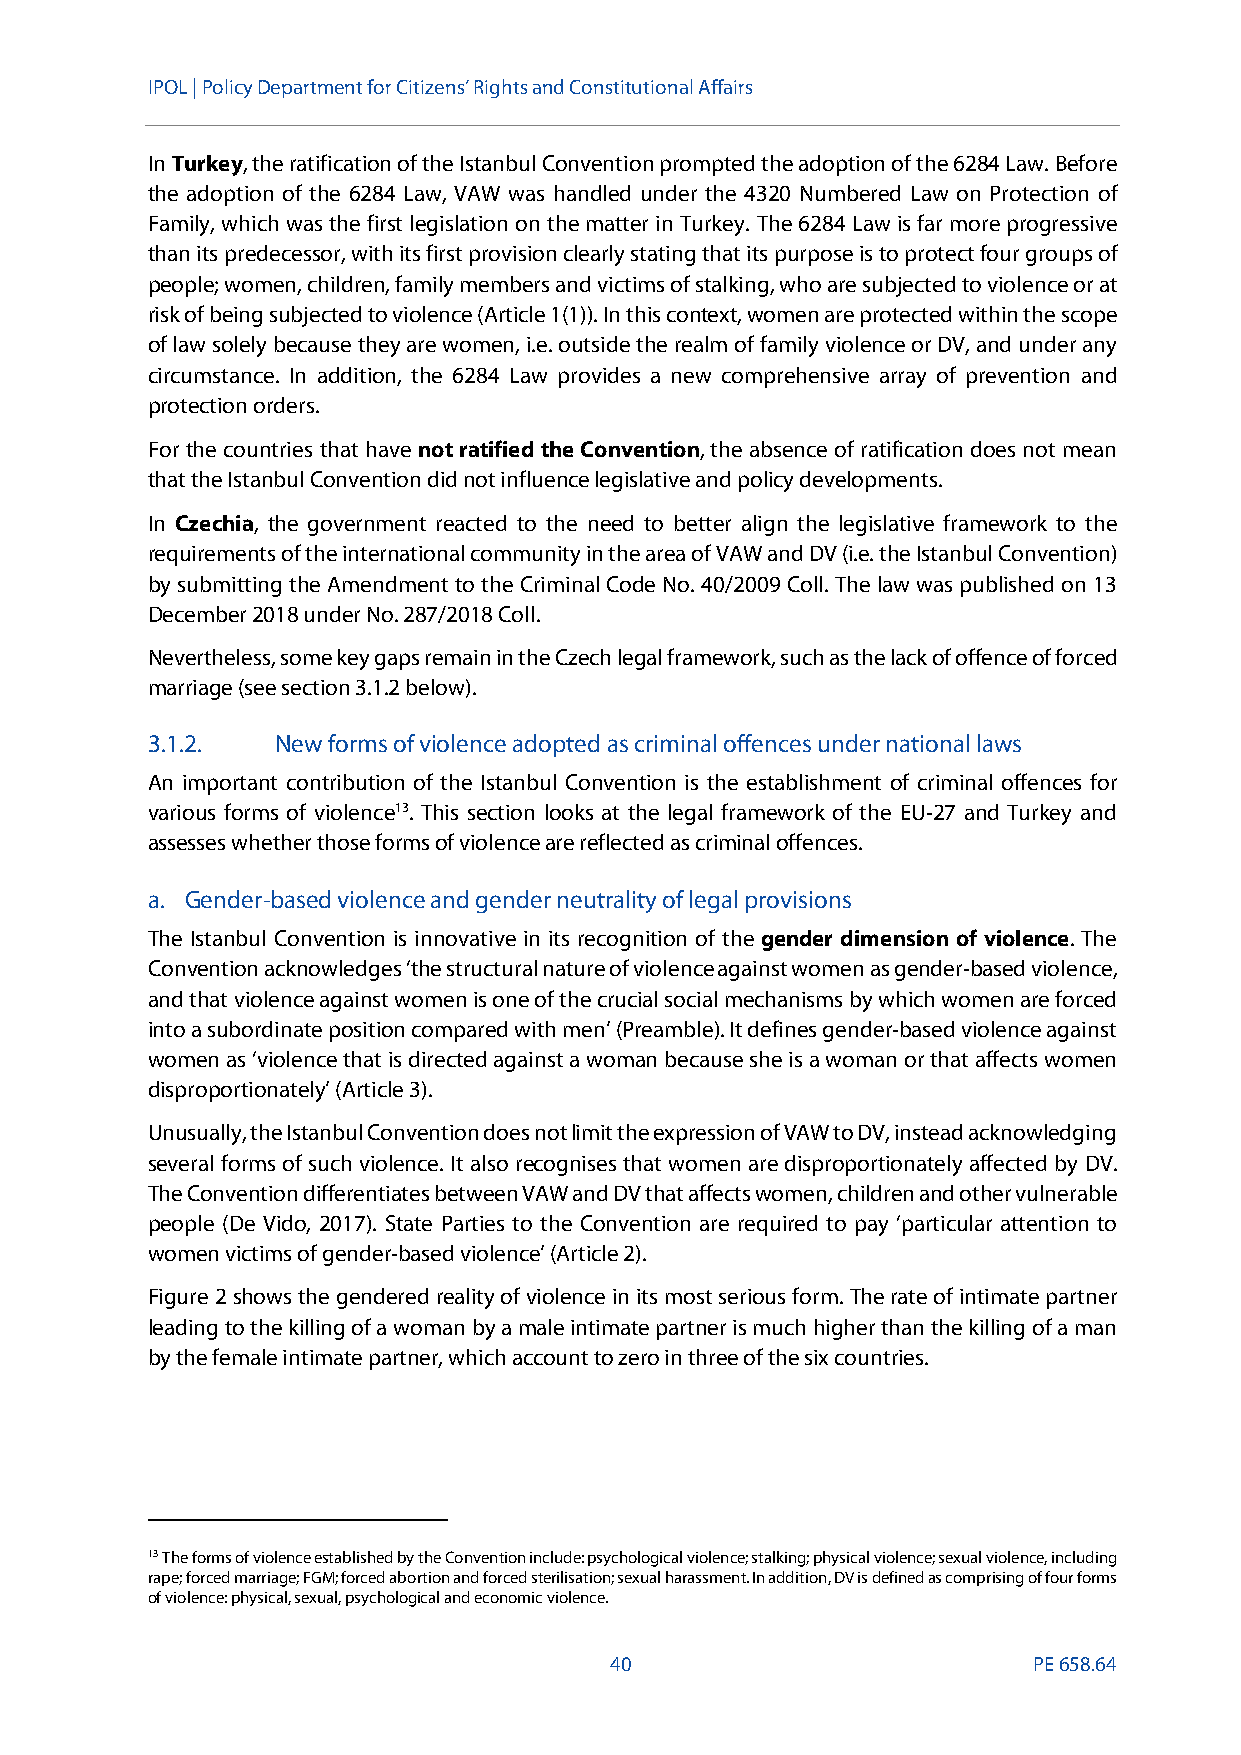
IPOL |Policy Department for Citizens’ Rights and Constitutional Affairs
 InTurkey, the ratification of the Istanbul Conventionprompted the adoption of the 6284 Law. Before
 the adoption of the 6284 Law, VAW was handled under the 4320 Numbered Law on Protection of
 Family, which was the first legislation on the matter in Turkey. The 6284 Law is far more progressive
 than its predecessor, with its first provision clearly stating that its purpose is to protect four groups of
 people; women, children, family members and victims of stalking, who are subjected to violence or at
 risk of being subjected to violence (Article 1(1)). In this context, women are protected within the scope
 of law solely because they are women, i.e. outside the realm of family violence or DV, and under any
 circumstance. In addition, the 6284 Law provides a new comprehensive array of prevention and
 protection orders.
 For the countries that have not ratifiedthe Convention, the absence of ratification does not mean
 that the Istanbul Convention did not influence legislative and policy developments.
 In Czechia, the government reacted to the need to better align the legislative framework to the
 requirements of the international community in the area of VAW and DV (i.e. the Istanbul Convention)
 by submitting the Amendment to the Criminal Code No. 40/2009 Coll. Thelaw was published on 13
 December 2018 under No. 287/2018 Coll.
 Nevertheless, some key gaps remain in the Czech legal framework, such as the lack of offence of forced
 marriage (see section 3.1.2 below).
 3.1.2.  Newformsof violence adopted as criminal offencesunder national laws
 An important contribution of the Istanbul Convention is the establishment of criminal offences for
 various forms of violence13. This section looks at the legal framework of the EU-27 and Turkey and
 assesses whether those forms of violenceare reflected as criminal offences.
 a. Gender-based violence and gender neutrality of legal provisions
 The Istanbul Convention is innovative in its recognition of the gender dimension of violence. The
 Convention acknowledges‘the structural nature of violence against women as gender-based violence,
 and that violence against women is one of the crucial social mechanisms by which women are forced
 into a subordinate position compared with men’(Preamble). It defines gender-based violence against
 women as ‘violence that is directed against a woman because she is a woman or that affects women
 disproportionately’ (Article 3).
 Unusually, the Istanbul Convention does notlimit the expression ofVAW to DV, instead acknowledging
 several forms of such violence. It also recognises that women are disproportionately affected by DV.
 The Convention differentiates between VAW and DV that affects women, children and other vulnerable
 people (De Vido, 2017). State Parties to the Convention are required to pay ‘particular attention to
 women victims of gender-based violence’ (Article 2).
 Figure 2shows the genderedreality of violence in its most serious form.The rate of intimate partner
 leading to the killing of a woman byamale intimate partner is much higher than the killing ofa man
 by the female intimate partner, which account to zero in three of the six countries.
 13The forms of violence established by theConvention include: psychological violence; stalking; physical violence; sexual violence, including
 rape; forced marriage; FGM; forced abortion and forced sterilisation; sexual harassment. In addition, DV is defined as comprising of four forms
 of violence:physical, sexual, psychological and economic violence.
 40                          PE658.64